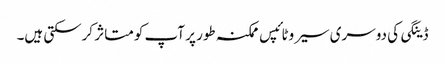
ڈینگی کی دوسری سیروٹائپس ممکنہ طور پر آپ کو متاثر کرسکتی ہیں۔